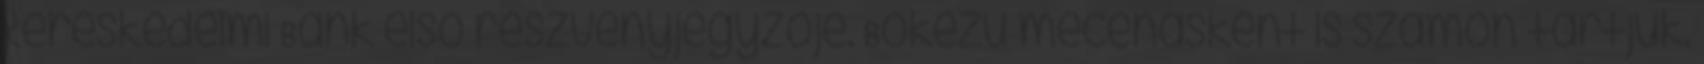
Kereskedelmi Bank első részvényjegyzője. Bőkezű mecénásként is számon tartjuk.